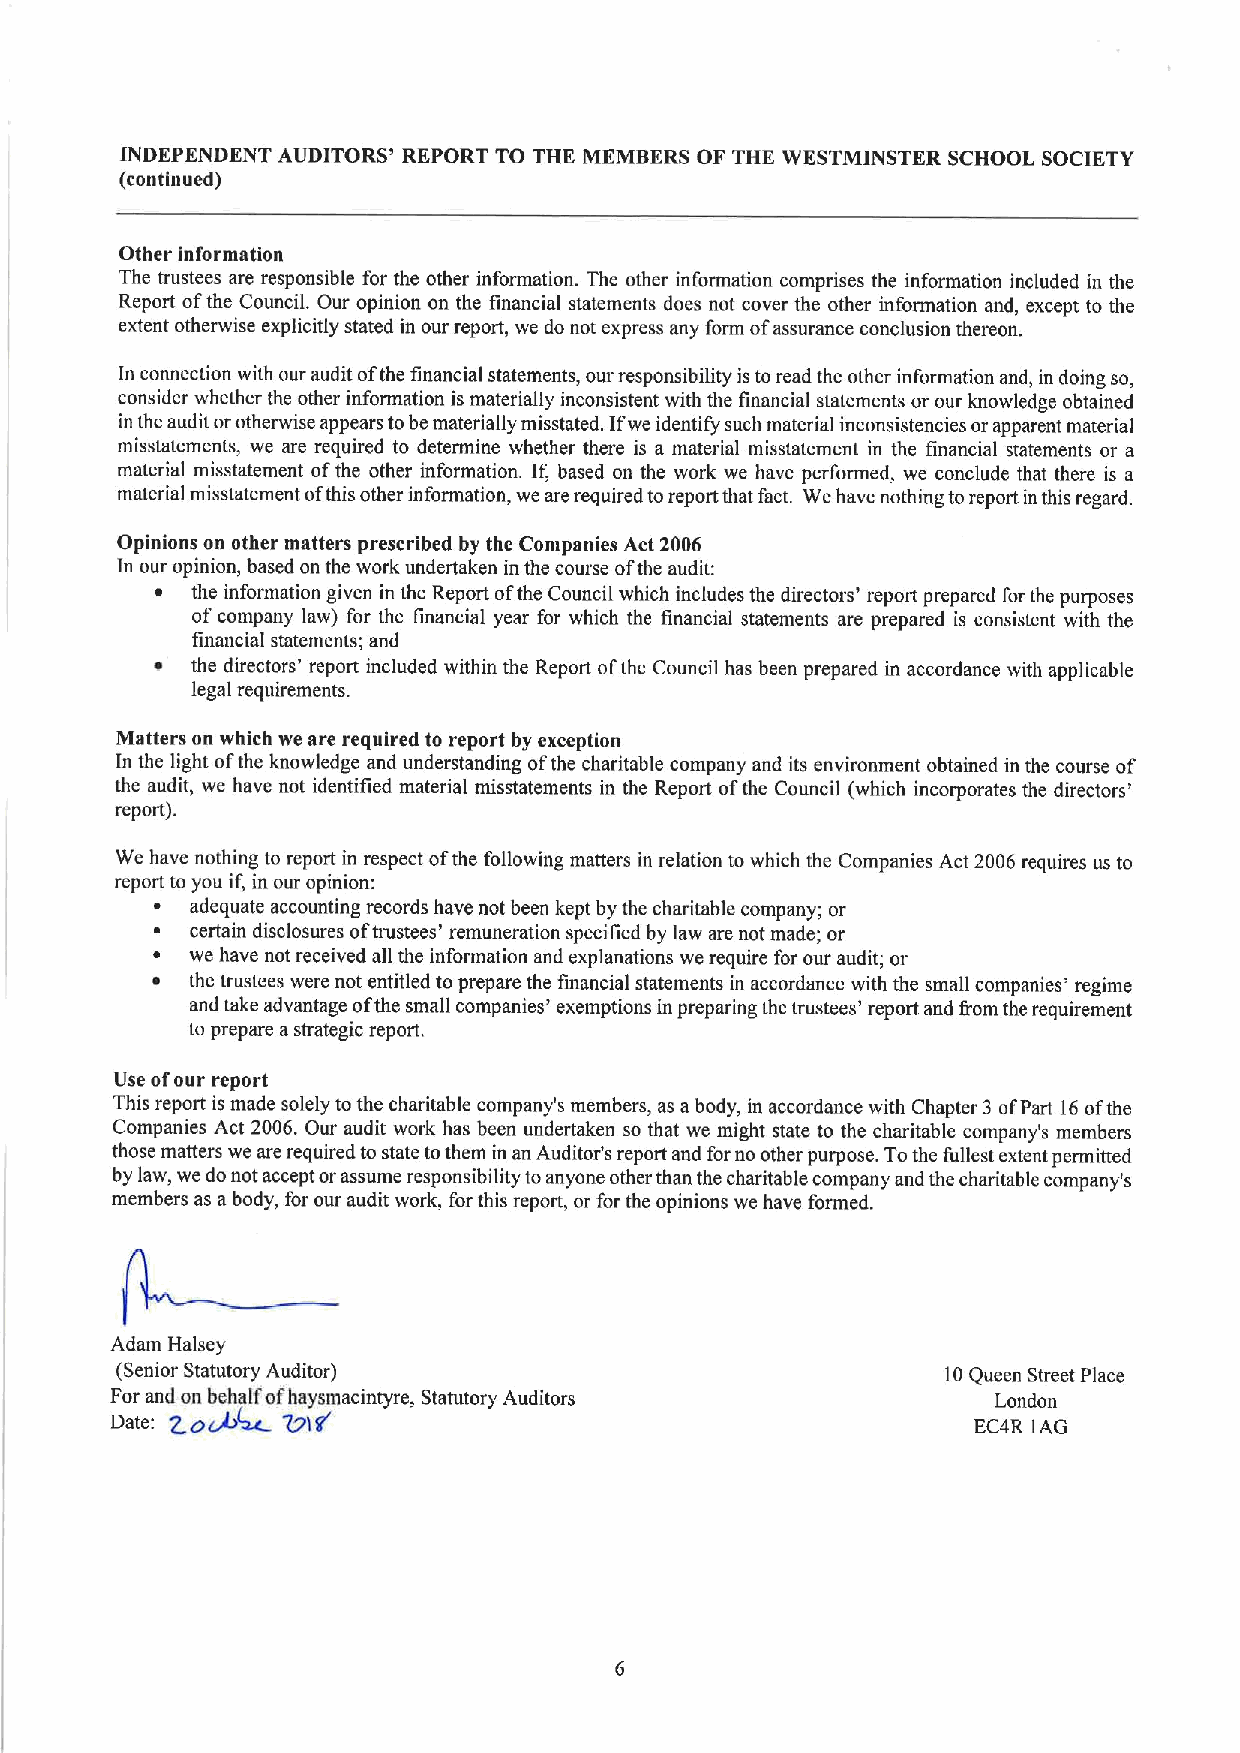
INDEPENDENT AUDITORS' REPORT TO THE MEMBERS OF THE WESTMINSTER SCHOOL SOCIETY
 (continued)
 Other information
 The trustees are responsible for the other information. The other information comprises the information included in the
 Report ofthe CounciL Our opinion on the financial statements does not cover the other information and, except to the
 extent otherwise explicitly stated in our report, we do not express any form ofassurance conclusion thereon.
 In connection with our audit ofthe financial statements, our responsibility isto read the other information and, in doing so,
 consider whether the other information is materially inconsistent with the financial statements or our knowledge obtained
 in the audit orotherwise appears tobe materially misstated. If we identify such material inconsistencies or apparent material
 misstatements, we are required to determine whether there is a material misstatement in the financial statements or a
 material misstatement ofthe other information. If, based on the work we have performed, we conclude that there is a
 material misstatement ofthis other information, we are required toreport that fact. We have nothing toreport inthis regard.
 Opinions on other matters prescribed by the Companies Act 2006
 In our opinion, based on the work undertaken in the course ofthe audit:
 ~  the information given in the Report ofthe Council which includes the directors' report prepared for the purposes
 ofcompany law) for the financial year for which the financial statements are prepared is consistent with the
 financial statements; and
 ~  the directors' report included within the Report ofthe Council has been prepared in accordance with applicable
 legal requirements.
 Matters on which we are required to report by exception
 In the light ofthe knowledge and understanding ofthe charitable company and its environment obtained in the course of
 the audit, we have not identified material misstatements in the Report ofthe Council (which incorporates the directors'
 report).
 We have nothing to report in respect ofthe following matters in relation to which the Companies Act 2006 requires us to
 report to you if, in our opinion:
 ~  adequate accounting records have not been kept by the charitable company; or
 ~  certain disclosures oftrustees' remuneration specified by law are not made; or
 ~  we have not received all the information and explanations we require for our audit; or
 ~  the trustees were not entitled to prepare the financial statements in accordance with the small companies' regime
 and take advantage ofthe small companies' exemptions in preparing the trustees' report and from the requirement
 to prepare astrategic report.
 Use ofour report
 This report is made solely tothe charitable company's members, as abody, in accordance with Chapter 3 ofPart 16ofthe
 Companies Act 2006. Our audit work has been undertaken so that we might state to the charitable company's members
 those matters we are required to state tothem in an Auditor's report and forno other purpose. Tothe fullest extent permitted
 by law, we do not accept orassume responsibility toanyone other than the charitable company and the charitable company's
 members as abody, for our audit work, for this report, or for the opinions we have formed.
 Adam Halsey
 (Senior Statutory Auditor)                             10Queen Street Place
 For and+on4besha~lf ofhaysmacintyre, Statutory Auditors    London
 Date:       ~)IF                                         EC4R IAG